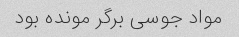
مواد جوسی برگر مونده بود